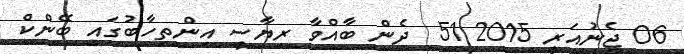
06 ޖެނުއަރީ 2015 51  ދެން ބާއްވާ ރިޔާސީ އިންތިހާބުގައި ބޭންކް